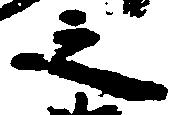
之